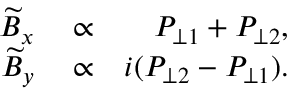
\begin{array} { r l r } { \widetilde { B } _ { x } } & { { } \propto } & { P _ { \perp 1 } + P _ { \perp 2 } , } \\ { \widetilde { B } _ { y } } & { { } \propto } & { i ( P _ { \perp 2 } - P _ { \perp 1 } ) . } \end{array}